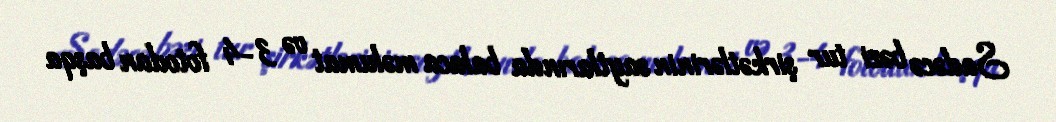
Sadəcə bəzi tur şirkətlərinin saytlarında balaca məlumat və 3-4 fotodan başqa